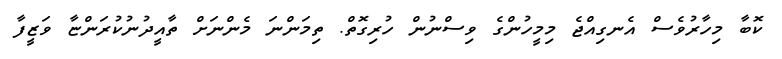
ކޮބާ މިހާރުވެސް އެނގިއްޖެ މިމީހުންގެ ވިސްނުން ހުރިގޮތް. ތިމަންނަ މެންނަށް ތާއީދުނުކުރަންޏާ ވަޒީފާ